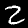
Digit: 2